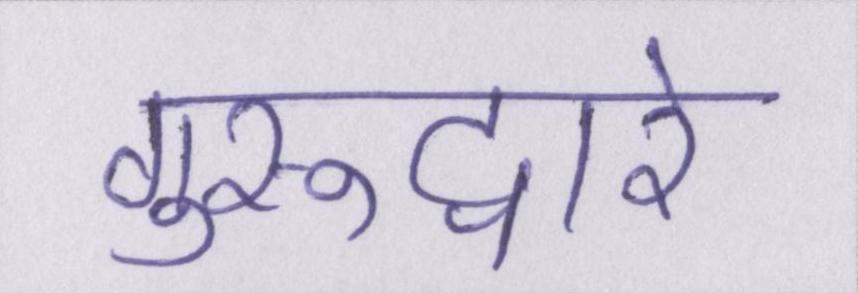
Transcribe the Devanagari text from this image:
गुरूद्वारे